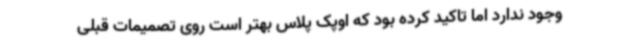
وجود ندارد اما تاکید کرده بود که اوپک پلاس بهتر است روی تصمیمات قبلی